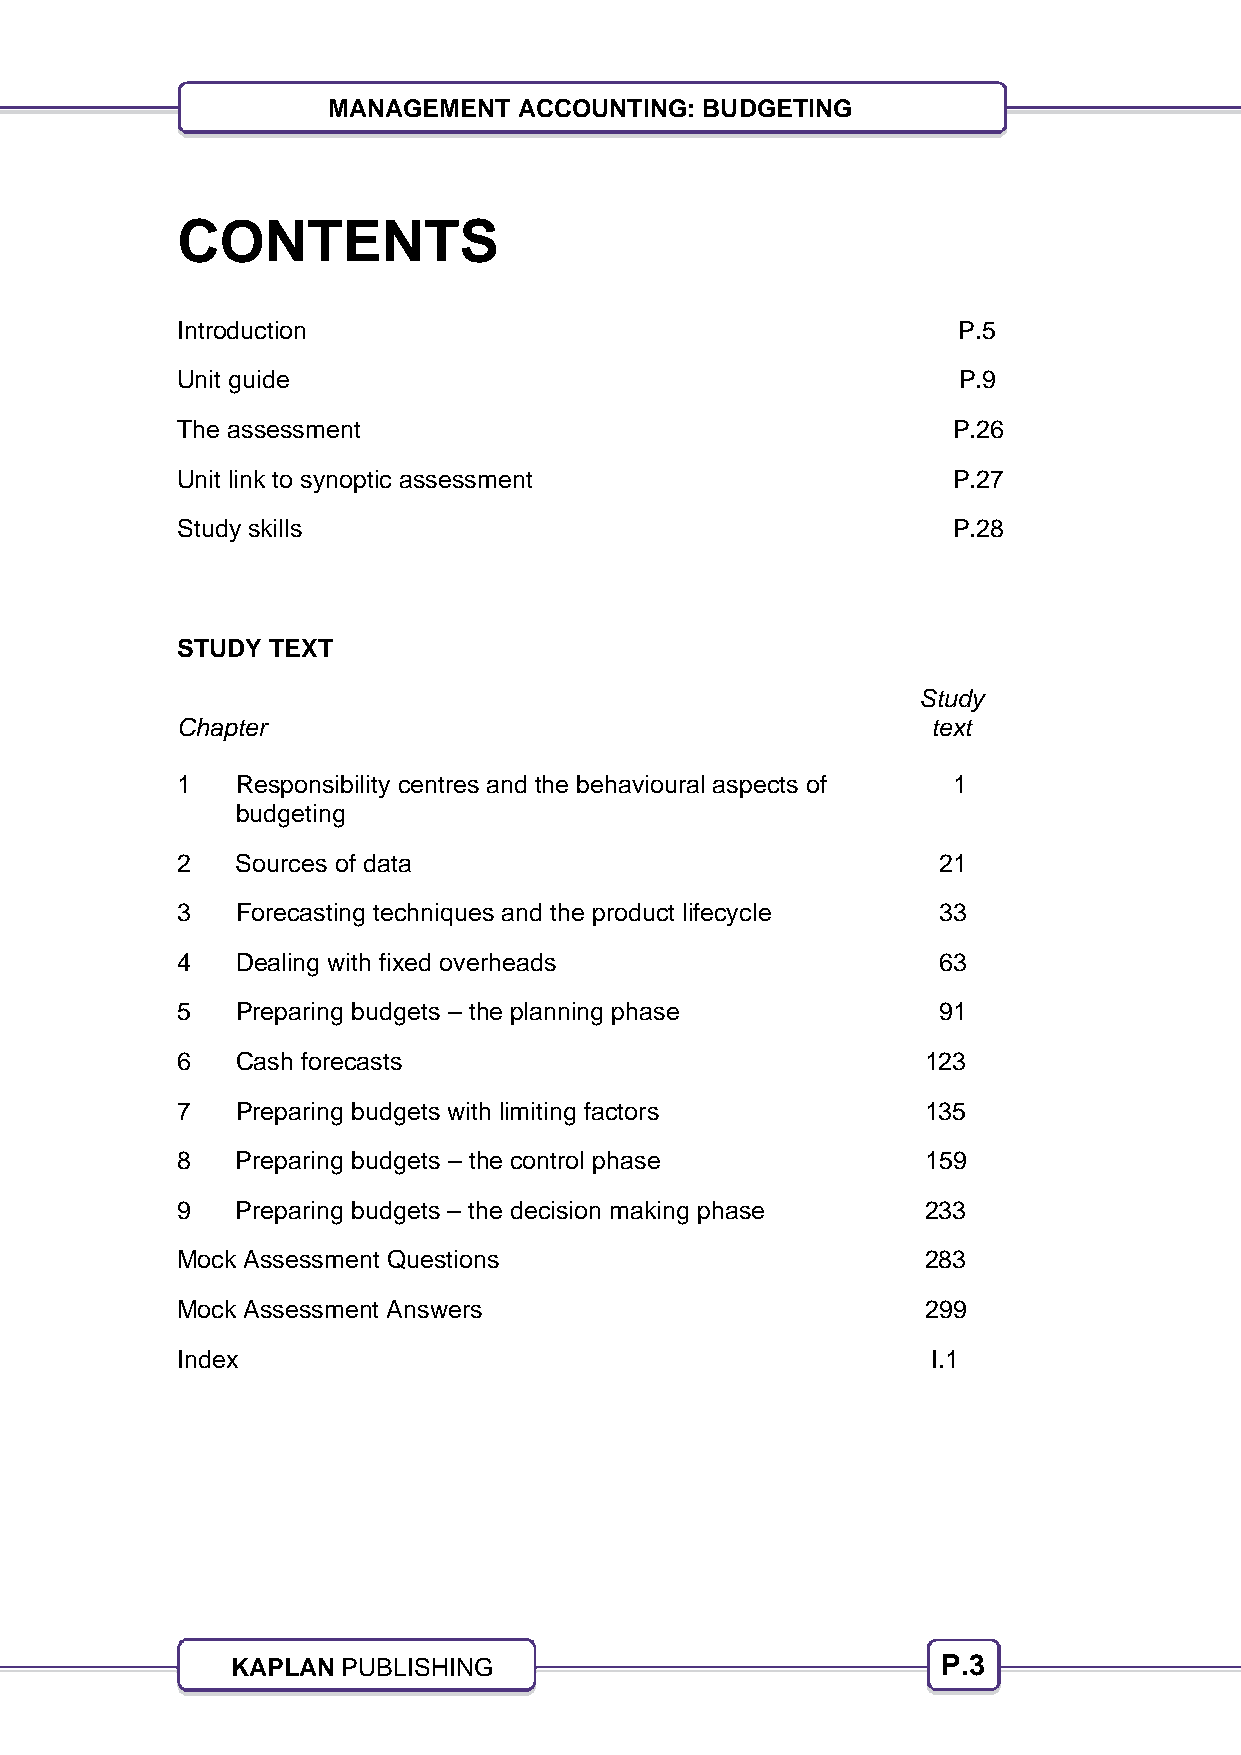
3
 MANAGEMENT  ACCOUNTING: BUDGETING
 CONTENTS
 Introduction                                       P.5
 Unit guide                                         P.9
 The assessment                                     P.26
 Unit link to synoptic assessment                   P.27
 Study skills                                       P.28
 STUDY TEXT
 Study
 Chapter                                           text
 1   Responsibility centres and the behavioural aspects of 1
 budgeting
 2   Sources of data                               21
 3   Forecasting techniques and the product lifecycle 33
 4   Dealing with fixed overheads                  63
 5   Preparing budgets – the planning phase        91
 6   Cash forecasts                               123
 7   Preparing budgets with limiting factors      135
 8   Preparing budgets – the control phase        159
 9   Preparing budgets – the decision making phase 233
 Mock Assessment Questions                        283
 Mock Assessment Answers                          299
 Index                                             I.1
 KAPLAN  PUBLISHING                             P.3